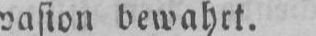
vasion bewahrt.